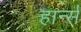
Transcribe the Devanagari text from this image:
हार्न्स